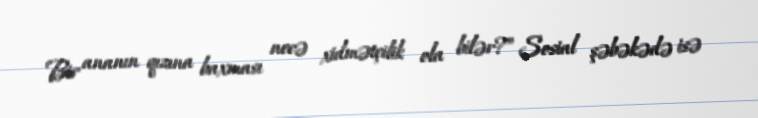
Bir ananın qızına baxması necə xidmətçilik ola bilər?” Sosial şəbəkədə isə